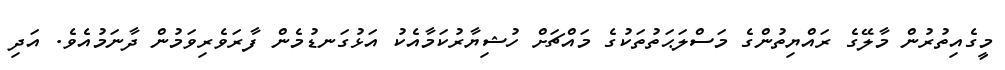
މީގެއިތުރުން މާލޭގެ ރައްޔިތުންގެ މަސްލަޙަތުތަކުގެ މައްޗަށް ހުޝިޔާރުކަމާއެކު އަޅުގަނޑުމެން ފާރަވެރިވަމުން ދާނަމުއެވެ. އަދި